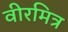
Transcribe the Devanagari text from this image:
वीरमित्र